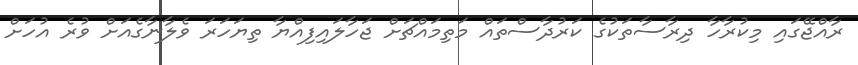
ރާއްޖޭގައި މިކުރާހާ ދިރާސާތަކުގެ ކަރުދާސްތައް މަތިމައްޗަށް ޖަހާލައިފިއްޔާ ތިޔަހަރަ ވެލާނާގެއަށް ވުރެ އުހަށް